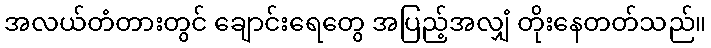
အလယ်တံတားတွင် ချောင်းရေတွေ အပြည့်အလျှံ တိုးနေတတ်သည်။